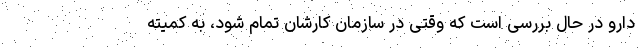
دارو در حال بررسی است که وقتی در سازمان کارشان تمام شود، به کمیته